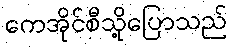
ကေအိုင်စီသို့ပြောသည်